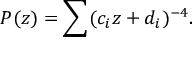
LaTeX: \displaystyle { P ( z ) = \sum ( c _ { i } z + d _ { i } ) ^ { - 4 } . }